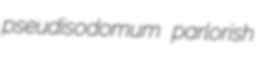
pseudisodomum parlorish